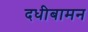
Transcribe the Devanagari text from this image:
दधीबामन